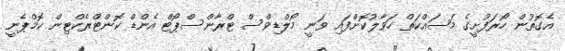
އެގޮތުން ހޯރަފުށީގެ މަސައްކަތް ހަވާލުކޮށްފައި ވަނީ މޯލްޑިވްސް ޓްރާންސްޕޯޓް އެންޑް ކޮންޓްރެކްޓިން ކޮމްޕެނީ